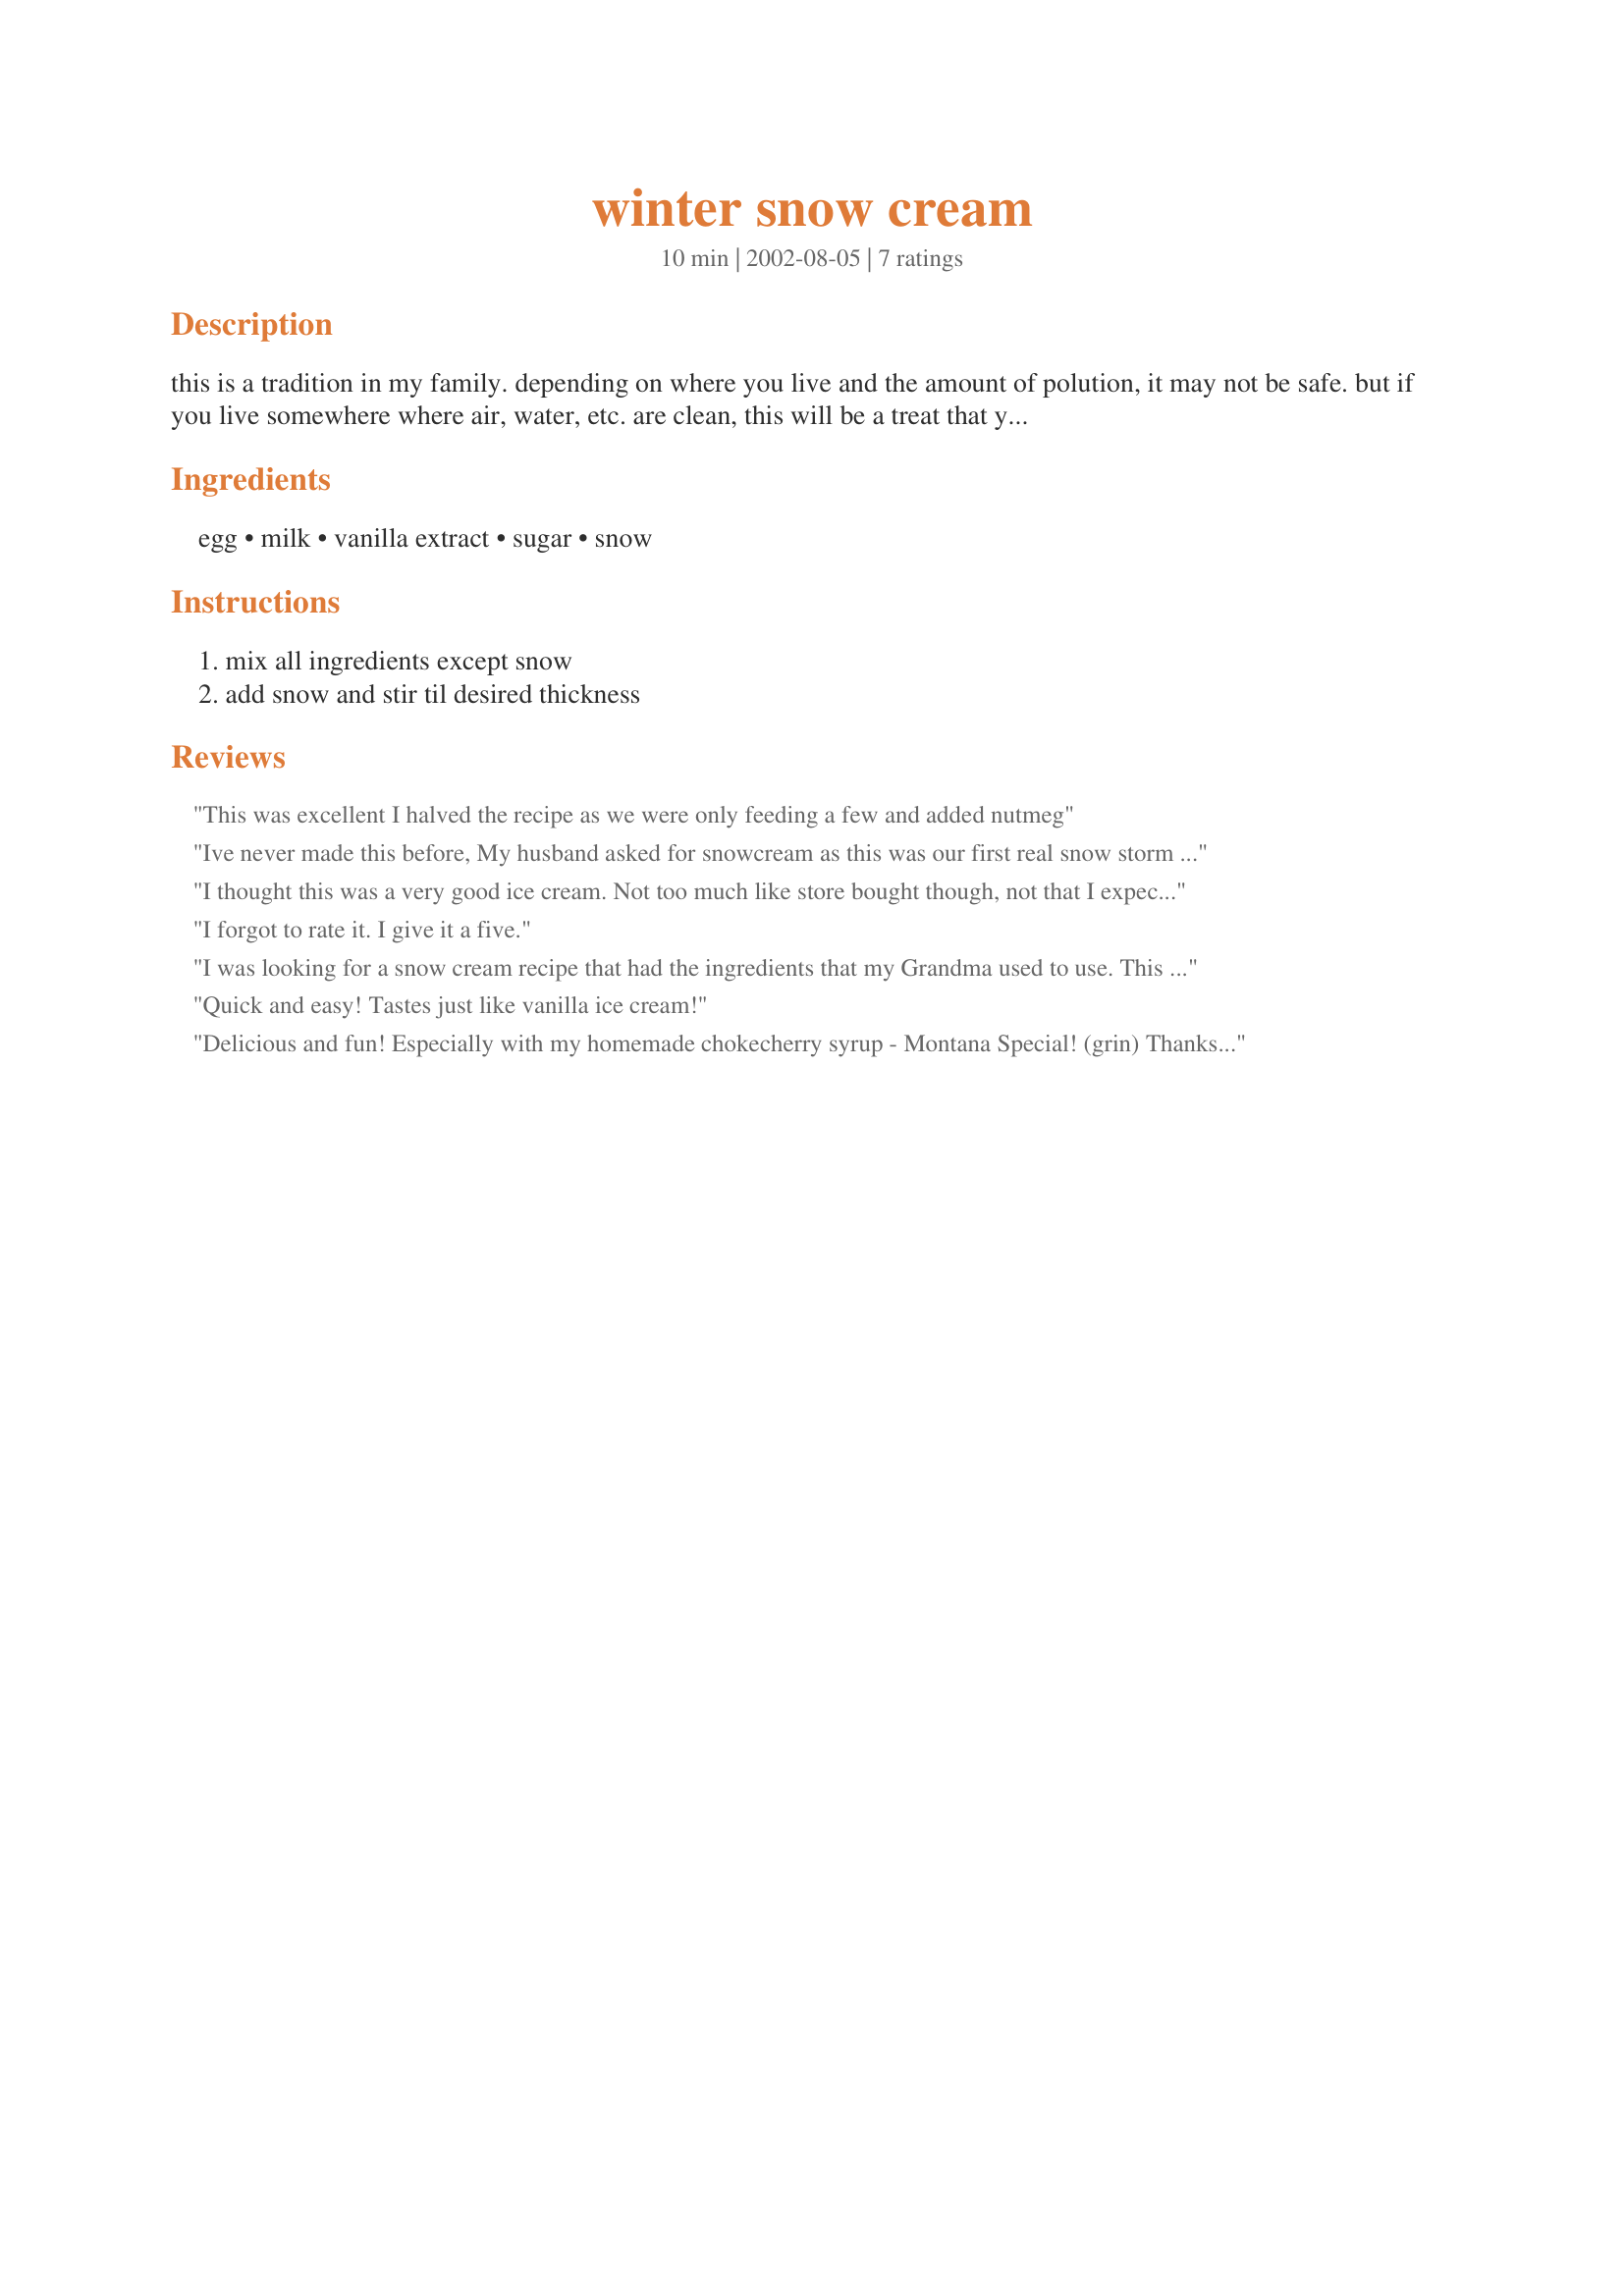
winter snow cream
Preparation time: 10 minutes

this is a tradition in my family. depending on where you live and the amount of polution, it may not be safe. but if you live somewhere where air, water, etc. are clean, this will be a treat that you and the kids will love.

Ingredients:
egg, milk, vanilla extract, sugar, snow

Steps:
mix all ingredients except snow, add snow and stir til desired thickness

Reviews:
This was excellent I halved the recipe as we were only feeding a few and added nutmeg
Ive never made this before, My husband asked for snowcream as this was our first real snow storm of the year in NC. Thanks a billion he loved it!
I thought this was a very good ice cream. Not too much like store bought though, not that I expected it would be, but my husband didn't like it because it wasn't like store bought. I put chocolate syrup on it and I thought it was really good and I'll probably make it again next winter. The reason I gave it 4 instead of 5 stars was the raw egg in it, which isn't very good for you. But still good.
I forgot to rate it. I give it a five.
I was looking for a snow cream recipe that had the ingredients that my Grandma used to use. This had all of the same ingredients and tasted very similar to her's. Brought back great memories, thanks for the recipe!
Quick and easy! Tastes just like vanilla ice cream!
Delicious and fun! Especially with my homemade chokecherry syrup - Montana Special! (grin) Thanks for a super recipe - my preschoolers thank you, too!
